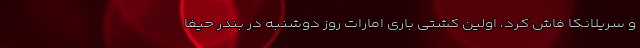
و سریلانکا فاش کرد، اولین کشتی باری امارات روز دوشنبه در بندر حیفا